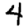
Digit: 4